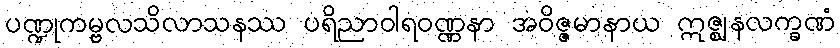
ပဏ္ဍုကမ္ဗလသိလာသနဿ ပရိညာဝါရဝဏ္ဏနာ အဝိဇ္ဇမာနာယ ဣဇ္ဈနလက္ခဏံ